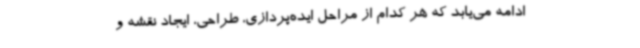
ادامه می‌یابد که هر کدام از مراحل ایده‌پردازی، طراحی، ایجاد نقشه و